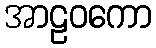
အာဠဝကော